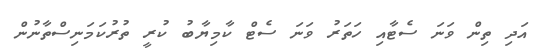
އަދި ތިން ވަނަ ސެޓާއި ހަތަރު ވަނަ ސެޓް ކާމިޔާބު ކުރީ ތުރުކަމަނިސްތާނުން